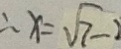
\therefore x = \sqrt { 7 } - 1